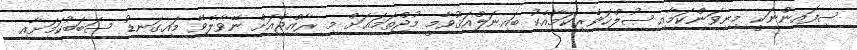
ސިފައިންނަކީ މިނިވަންކަމާއި ޞުލްޙަވެރިކަމާއެކު ބައިނަލްއަޤުވާމީ މުޖްތަމަޢަށް މި ރާއްޖެއަށް ނޭވާލެވޭ މައިގަނޑު ސަބަބުކަމަށާއި